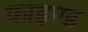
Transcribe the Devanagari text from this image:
फाइण्ड